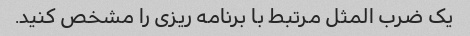
یک ضرب المثل مرتبط با برنامه ریزی را مشخص کنید.